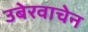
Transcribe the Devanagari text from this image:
उबेरवाचेन